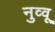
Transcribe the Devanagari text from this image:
नुव्वू